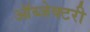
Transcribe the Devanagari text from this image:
ऑब्जेक्टरी